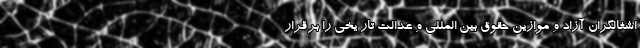
اشغالگران آزاد و موازین حقوق بین المللی و عدالت تار یخی را برقرار